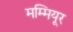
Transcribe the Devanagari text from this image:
मम्मियूर